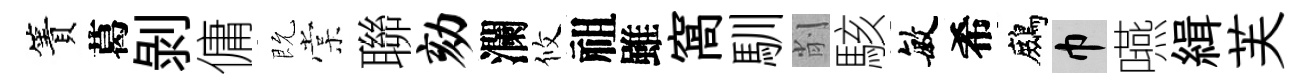
簀葛剝傭既棠聯劾瀾攸祖雖窩馴削駭敏希鷓巾嚥緝芙